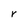
Character: r